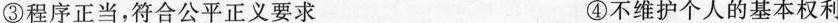
③程序正当，符合公平正义要求 ④不维护个人的基本权利